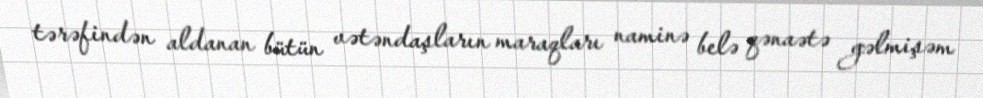
tərəfindən aldanan bütün vətəndaşların maraqları naminə belə qənaətə gəlmişəm